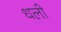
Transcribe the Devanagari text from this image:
धली